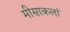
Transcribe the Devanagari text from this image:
मीसाकलां